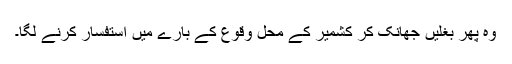
وہ پھر بغلیں جھانک کر کشمیر کے محل وقوع کے بارے میں استفسار کرنے لگا۔